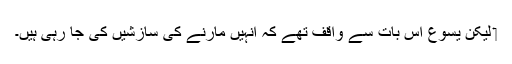
‏ لیکن یسوع اِس بات سے واقف تھے کہ اُنہیں مارنے کی سازشیں کی جا رہی ہیں۔